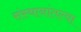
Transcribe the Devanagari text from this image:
संस्थानांतल्या